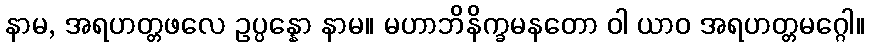
နာမ, အရဟတ္တဖလေ ဥပ္ပန္နော နာမ။ မဟာဘိနိက္ခမနတော ဝါ ယာဝ အရဟတ္တမဂ္ဂေါ။